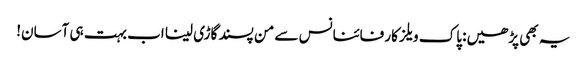
یہ بھی پڑھیں: پاک ویلز کار فائنانس سے من پسند گاڑی لینا اب بہت ہی آسان!